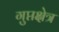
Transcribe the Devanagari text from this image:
गुप्तक्षेत्र